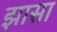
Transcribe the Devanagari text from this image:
झासा